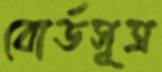
বোর্ডসূত্র